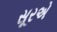
સૂરએ